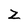
Character: Z